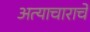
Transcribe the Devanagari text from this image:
अत्‍याचाराचे